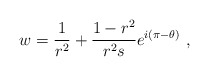
\begin{align*} w=\frac 1{r^2}+\frac{1-r^2}{r^2 s} e^{i(\pi-\theta)}\ ,\end{align*}